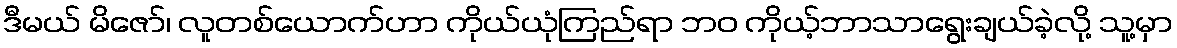
ဒီမယ် မိဇော်၊ လူတစ်ယောက်ဟာ ကိုယ်ယုံကြည်ရာ ဘဝ ကိုယ့်ဘာသာရွေးချယ်ခဲ့လို့ သူ့မှာ